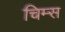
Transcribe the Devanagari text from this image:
चिम्स